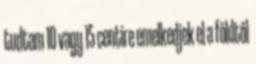
tudtam 10 vagy 15 centire emelkedjek el a földtől